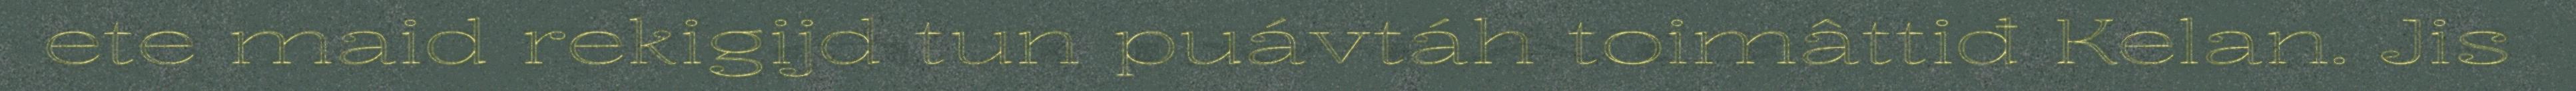
ete maid rekigijd tun puávtáh toimâttiđ Kelan. Jis